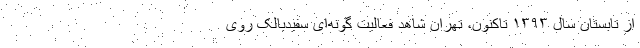
از تابستان سال ١٣٩٣ تاکنون، تهران شاهد فعالیت گونه‌ای سفیدبالک روی